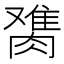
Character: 𰯋